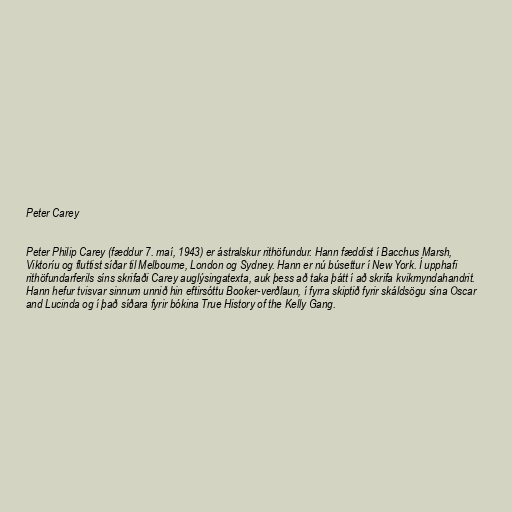
Peter Carey

Peter Philip Carey (fæddur 7. maí, 1943) er ástralskur rithöfundur. Hann fæddist í Bacchus Marsh,
Viktoríu og fluttist síðar til Melbourne, London og Sydney. Hann er nú búsettur í New York. Í upphafi
rithöfundarferils síns skrifaði Carey auglýsingatexta, auk þess að taka þátt í að skrifa kvikmyndahandrit.
Hann hefur tvisvar sinnum unnið hin eftirsóttu Booker-verðlaun, í fyrra skiptið fyrir skáldsögu sína Oscar
and Lucinda og í það síðara fyrir bókina True History of the Kelly Gang.